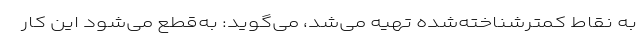
به نقاط کمترشناخته‌شده تهیه می‌شد، می‌گوید: به‌قطع می‌شود این کار